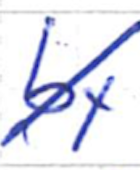
Text: by
Cross-out: diagonal
Writing tool: ballpoint